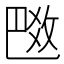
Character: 𢽼